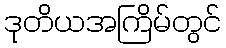
ဒုတိယအကြိမ်တွင်